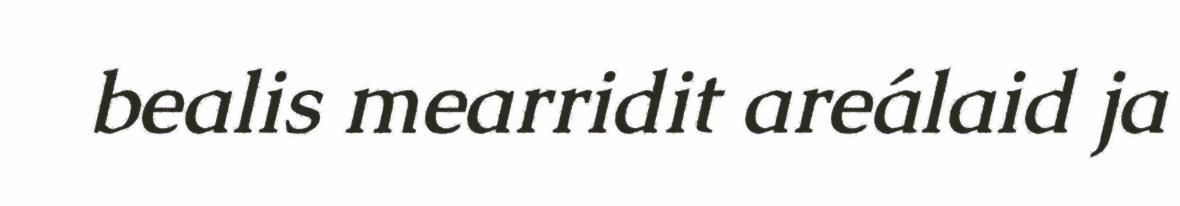
bealis mearridit areálaid ja